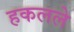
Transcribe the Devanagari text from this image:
हकलले